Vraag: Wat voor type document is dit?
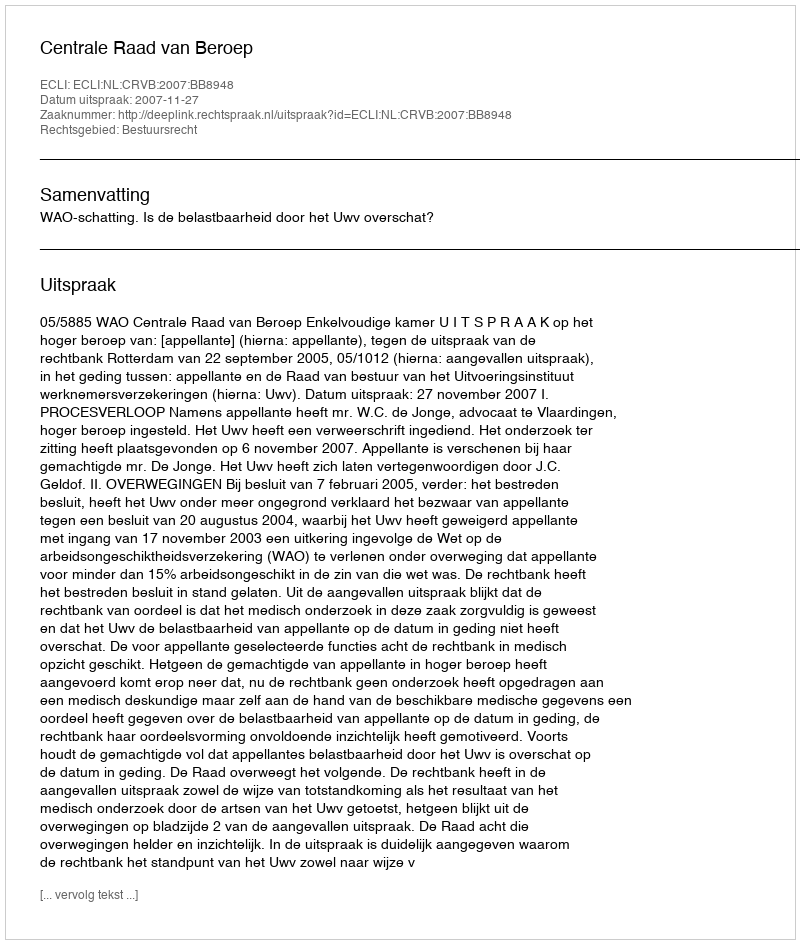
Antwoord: Uitspraak